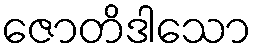
ဇောတိဒါသော